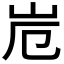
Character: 𭖆